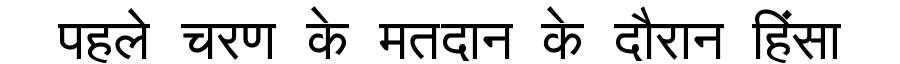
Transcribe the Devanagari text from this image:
पहले चरण के मतदान के दौरान हिंसा